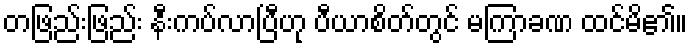
တဖြည်းဖြည်း နီးကပ်လာပြီဟု ပီယာစိတ်တွင် မကြာခဏ ထင်မိ၏။